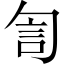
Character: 訇